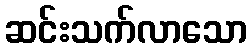
ဆင်းသက်လာသော